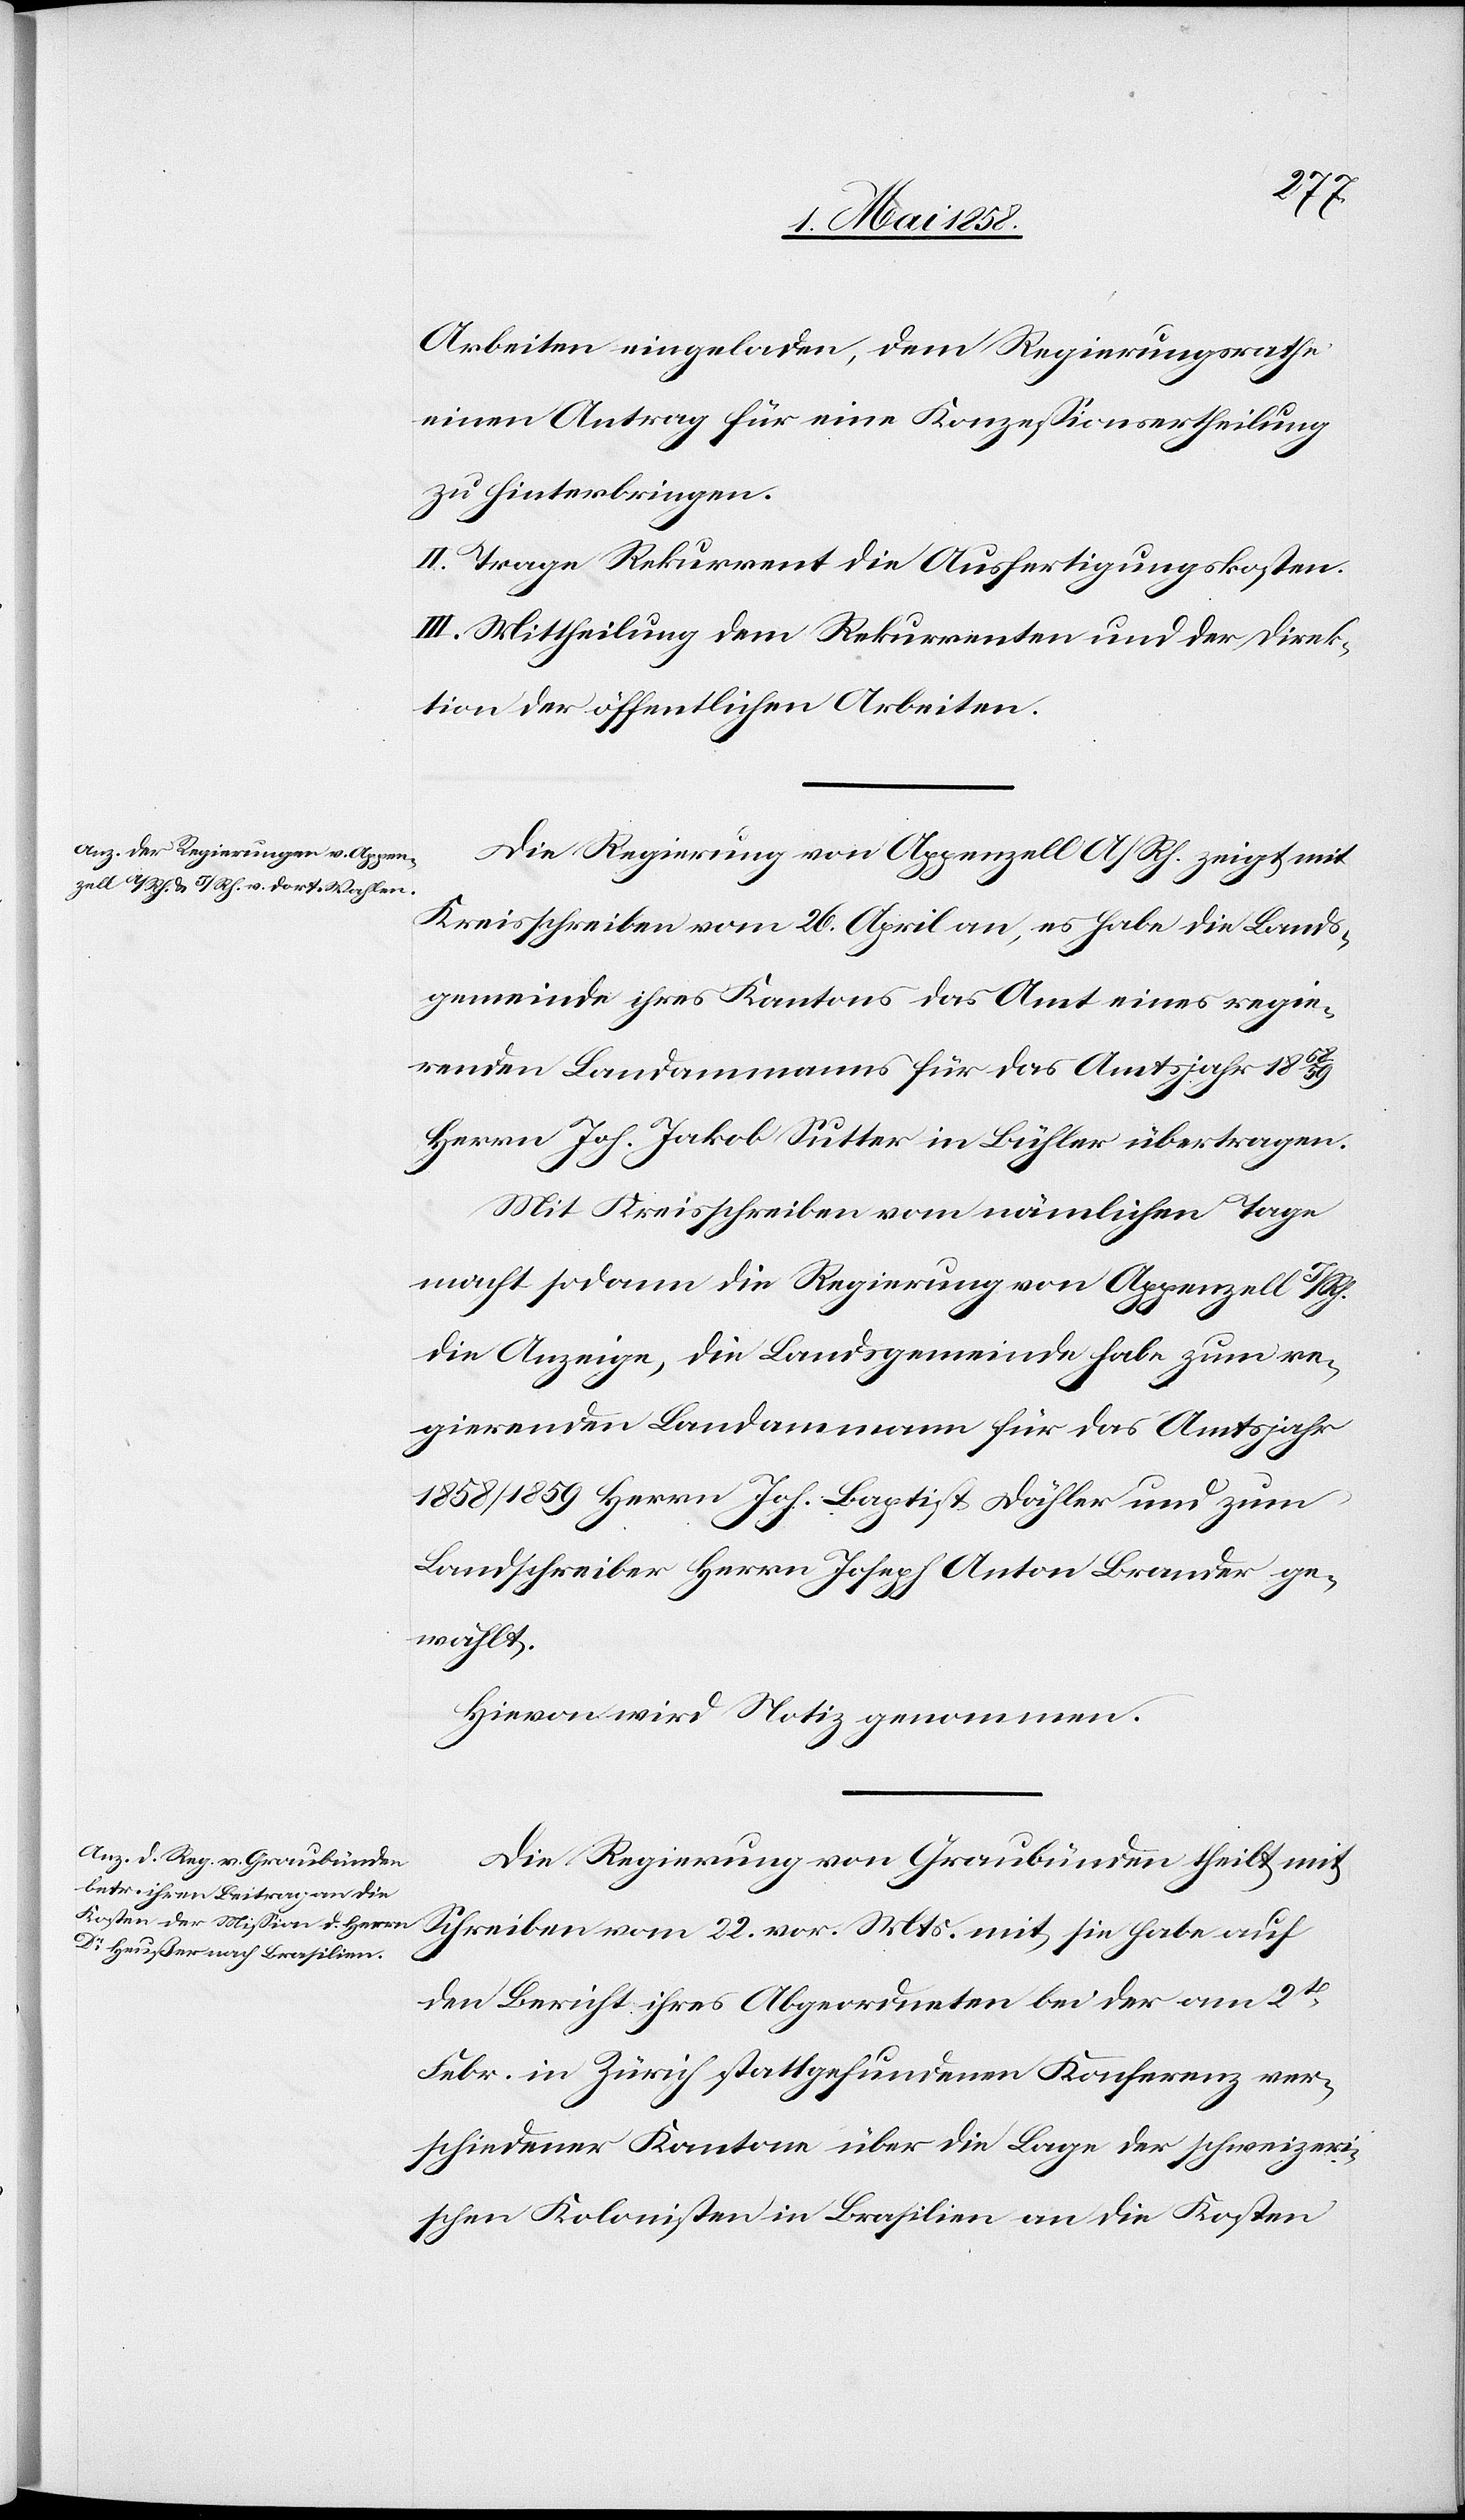
Arbeiten eingeladen, dem Regierungsrathe
einen Antrag für eine Konzessonsertheilung
zu hinterbringen.
II. Trage Rekurrent die Ausfertigungskosten.
III. Mittheilung dem Rekurrenten und der Direk¬
tion der öffentlichen Arbeiten.
Die Regierung von Appenzell A/Rh. zeigt mit
Kreisschreiben vom 26. April an, es habe die Lands¬
gemeinde ihres Kantons das Amt eines regie¬
renden Landammanns für das Amtsjahr 1858/59
Herrn Joh. Jakob Sutter in Bühler übertragen.
Mit Kreisschreiben vom nämlichen Tage
macht sodann die Regierung von Appenzell I/Rh.
die Anzeige, die Landsgemeinde habe zum re¬
gierenden Ladammann für das Amtsjahr
1858/1859 Herrn Joh. Baptist Dähler und zum
Landschreiber Herrn Joseph Anton Brander ge¬
wählt.
Hievon wird Notiz genommen.
Die Regierung von Graubünden theilt mit
Schreiben vom 22. vor. Mts. mit, sie habe auf
den Bericht ihres Abgeordneten bei der am 2t[en]
Febr. in Zürich stattgefundenen Konferenz ver¬
schiedener Kantone über die Lage der schweizeri¬
schen Kolonisten in Brasilien an die Kosten